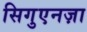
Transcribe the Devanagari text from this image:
सिगुएनज़ा